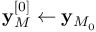
\mathbf { y } _ { M } ^ { [ 0 ] } \leftarrow \mathbf { y } _ { M _ { 0 } }